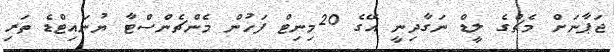
ޖަޕާނަށް މެޗްގެ ލީޑް ނަގާދިނީ އޭގެ 20މިނިޓް ފަހުން މެންޗެންސްޓާ ޔުނައިޓްޑެ ތަރި